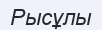
Рысұлы